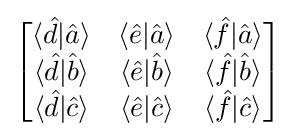
{\begin{bmatrix}\langle {\hat {d}}|{\hat {a}}\rangle &\langle {\hat {e}}|{\hat {a}}\rangle &\langle {\hat {f}}|{\hat {a}}\rangle \\\langle {\hat {d}}|{\hat {b}}\rangle &\langle {\hat {e}}|{\hat {b}}\rangle &\langle {\hat {f}}|{\hat {b}}\rangle \\\langle {\hat {d}}|{\hat {c}}\rangle &\langle {\hat {e}}|{\hat {c}}\rangle &\langle {\hat {f}}|{\hat {c}}\rangle \end{bmatrix}}